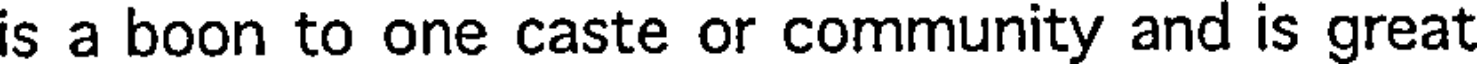
is a boon to one caste or community and is great